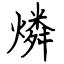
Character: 燐